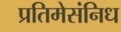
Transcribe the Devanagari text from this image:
प्रतिमेसंनिध